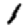
Digit: 1